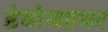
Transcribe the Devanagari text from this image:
डेवोन्शायर